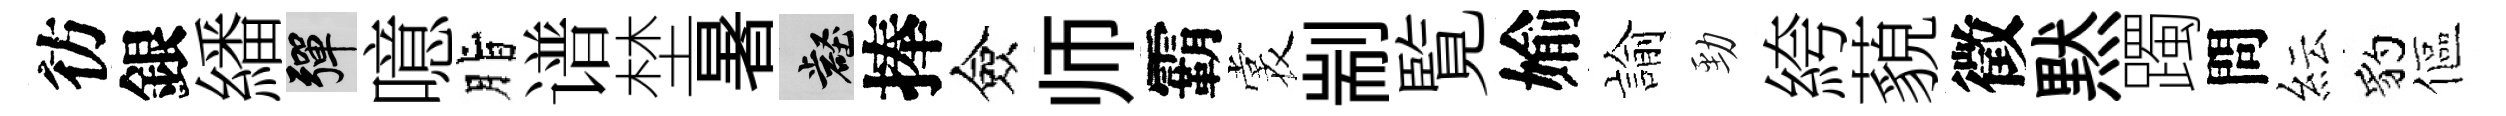
彷銀繙彈噫脂谱埜暑壑捧僉师霸裳剬覧媮諭勁絝藐徵黙躅問紜豹傴